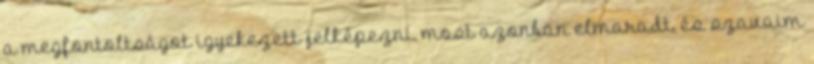
a megfontoltságot igyekezett jelképezni, most azonban elmaradt, és szavaim